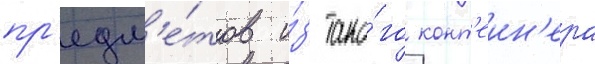
пр'едм'е́тов и́з тако́го конт'еин'ера